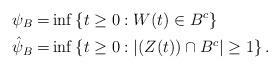
LaTeX: \begin{align*} \psi_B=&\inf\left\{t\geq 0:W(t)\in B^c\right\} \\ \hat{\psi}_B=&\inf\left\{t\geq 0:|(Z(t))\cap B^c| \geq 1 \right\}. \end{align*}